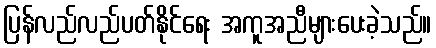
ပြန်လည်လည်ပတ်နိုင်ရေး အကူအညီများပေးခဲ့သည်။